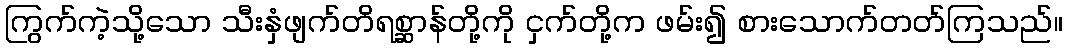
ကြွက်ကဲ့သို့သော သီးနှံဖျက်တိရစ္ဆာန်တို့ကို ငှက်တို့က ဖမ်း၍ စားသောက်တတ်ကြသည်။